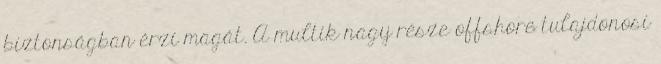
biztonságban érzi magát. A multik nagy része offshore tulajdonosi